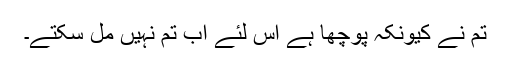
تم نے کیونکہ پوچھا ہے اس لئے اب تم نہیں مل سکتے۔